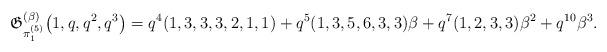
LaTeX: \begin{gather*}\mathfrak{G}_{\pi_{1}^{(5)}}^{(\beta)} \big(1,q,q^2,q^3\big)=q^4(1,3,3,3,2,1,1)+q^5(1,3,5,6,3,3) \beta+q^7(1,2,3,3) \beta^2+q^{10} \beta^3.\end{gather*}